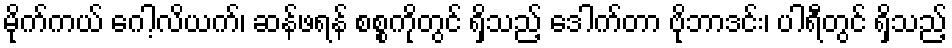
မိုက်ကယ် ဂေါ့လိယက်၊ ဆန်ဖရန် စစ္စကိုတွင် ရှိသည့် ဒေါက်တာ ဗိုဘာဒင်း၊ ပါရီတွင် ရှိသည့်